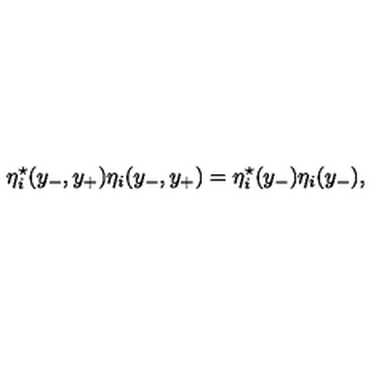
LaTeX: { \eta } _ { i } ^ { \star } ( y _ { - } , y _ { + } ) { \eta } _ { i } ( y _ { - } , y _ { + } ) = { \eta } _ { i } ^ { \star } ( y _ { - } ) { \eta } _ { i } ( y _ { - } ) ,